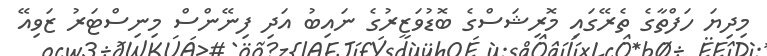
މިދިޔަ ހަފްތާގެ ތެރޭގައި މޮރިޝަސްގެ ބޮޑުވަޒީރުގެ ނައިބު އަދި ފިނޭންސް މިނިސްޓަރު ޒަވިއޭ